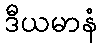
ဒီယမာနံ